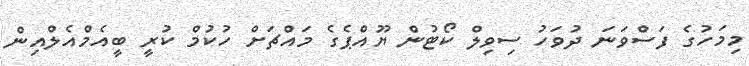
މިމަހުގެ ފަސްވަނަ ދުވަހު ސިވިލް ކޯޓުން ޔޫއްޕެެގެ މައްޗަށް ހުކުމް ކުރީ ބީއެމްއެލްއިން